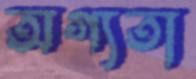
অগ্যতা